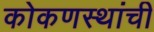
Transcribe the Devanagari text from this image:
कोकणस्थांची